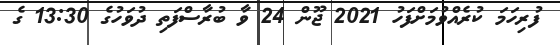
ފުރިހަމަ ކުރެއްވުމަށްފަހު 2021 ޖޫން 24 ވާ ބުރާސްފަތި ދުވަހުގެ 13:30 ގެ